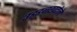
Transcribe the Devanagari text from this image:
उड़्डनखटोले